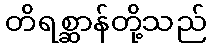
တိရစ္ဆာန်တို့သည်